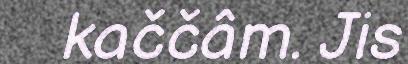
kaččâm. Jis